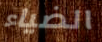
الضياء